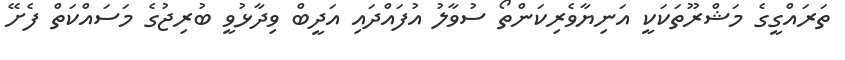
ތަރައްގީގެ މަޝްރޫތަކަކީ އަނިޔާވެރިކަންތޯ ސުވާލު އުފައްދައި އަދީބް ވިދާޅުވީ ބުރިޖުގެ މަސައްކަތް ފެށޭ